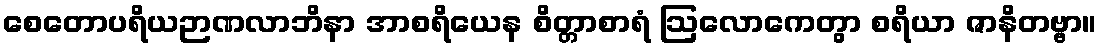
စေတောပရိယဉာဏလာဘိနာ အာစရိယေန စိတ္တာစာရံ ဩလောကေတွာ စရိယာ ဇာနိတဗ္ဗာ။